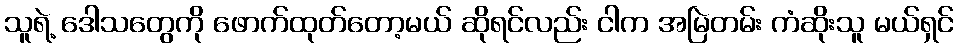
သူရဲ့ ဒေါသတွေကို ဖောက်ထုတ်တော့မယ် ဆိုရင်လည်း ငါက အမြဲတမ်း ကံဆိုးသူ မယ်ရှင်